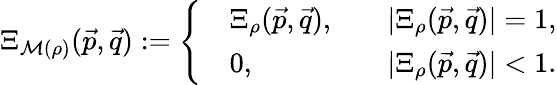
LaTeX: \begin{array}{r}{\Xi_{\mathcal{M}(\rho)}(\vec{p},\vec{q}):=\left\{ \begin{array}{rlrl}&{\Xi_{\rho}(\vec{p},\vec{q}),}&&{|\Xi_{\rho}(\vec{p},\vec{q})|=1,}\\ &{0,}&&{|\Xi_{\rho}(\vec{p},\vec{q})|<1.}\end{array}\right.}\end{array}